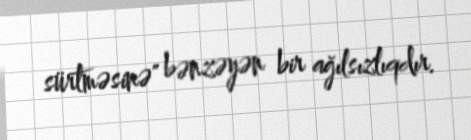
sürtməsinə" bənzəyən bir ağılsızlıqdır.